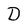
Character: D